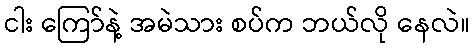
ငါး ကြော်နဲ့ အမဲသား စပ်က ဘယ်လို နေလဲ။